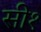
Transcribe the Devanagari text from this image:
सी१